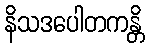
နိသဒပေါတကန္တိ